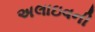
અલાઇવની